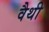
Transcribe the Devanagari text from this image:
वैथी